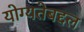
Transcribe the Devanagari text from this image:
योग्यतेबद्दल